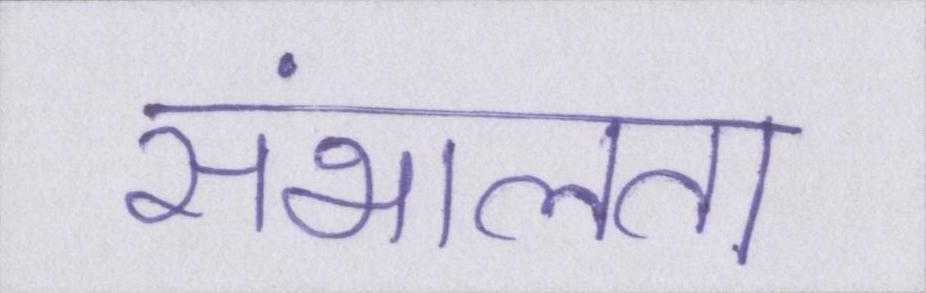
संभालता